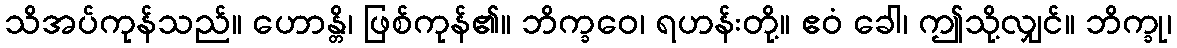
သိအပ်ကုန်သည်။ ဟောန္တိ၊ ဖြစ်ကုန်၏။ ဘိက္ခဝေ၊ ရဟန်းတို့။ ဧဝံ ခေါ၊ ဤသို့လျှင်။ ဘိက္ခု၊